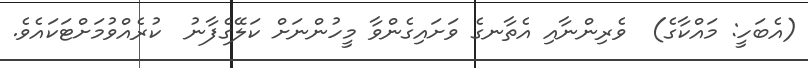
(އެބަހީ: މައްކާގެ)  ވެރިންނާއި އެތާނގެ ވަށައިގެންވާ މީހުންނަށް ކަލޭގެފާނު  ކުރެއްވުމަށްޓަކައެވެ.